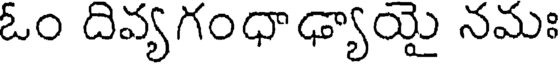
ఓం దివ్యగంధాఢ్యాయై నమః